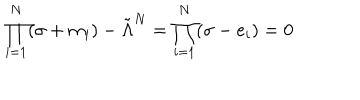
\prod _ { i = 1 } ^ { N } ( \sigma + m _ { i } ) - \tilde { \Lambda } ^ { N } = \prod _ { i = 1 } ^ { N } ( \sigma - e _ { i } ) = 0